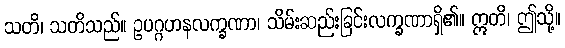
သတိ၊ သတိသည်။ ဥပဂ္ဂဟနလက္ခဏာ၊ သိမ်းဆည်းခြင်းလက္ခဏာရှိ၏။ ဣတိ၊ ဤသို့။